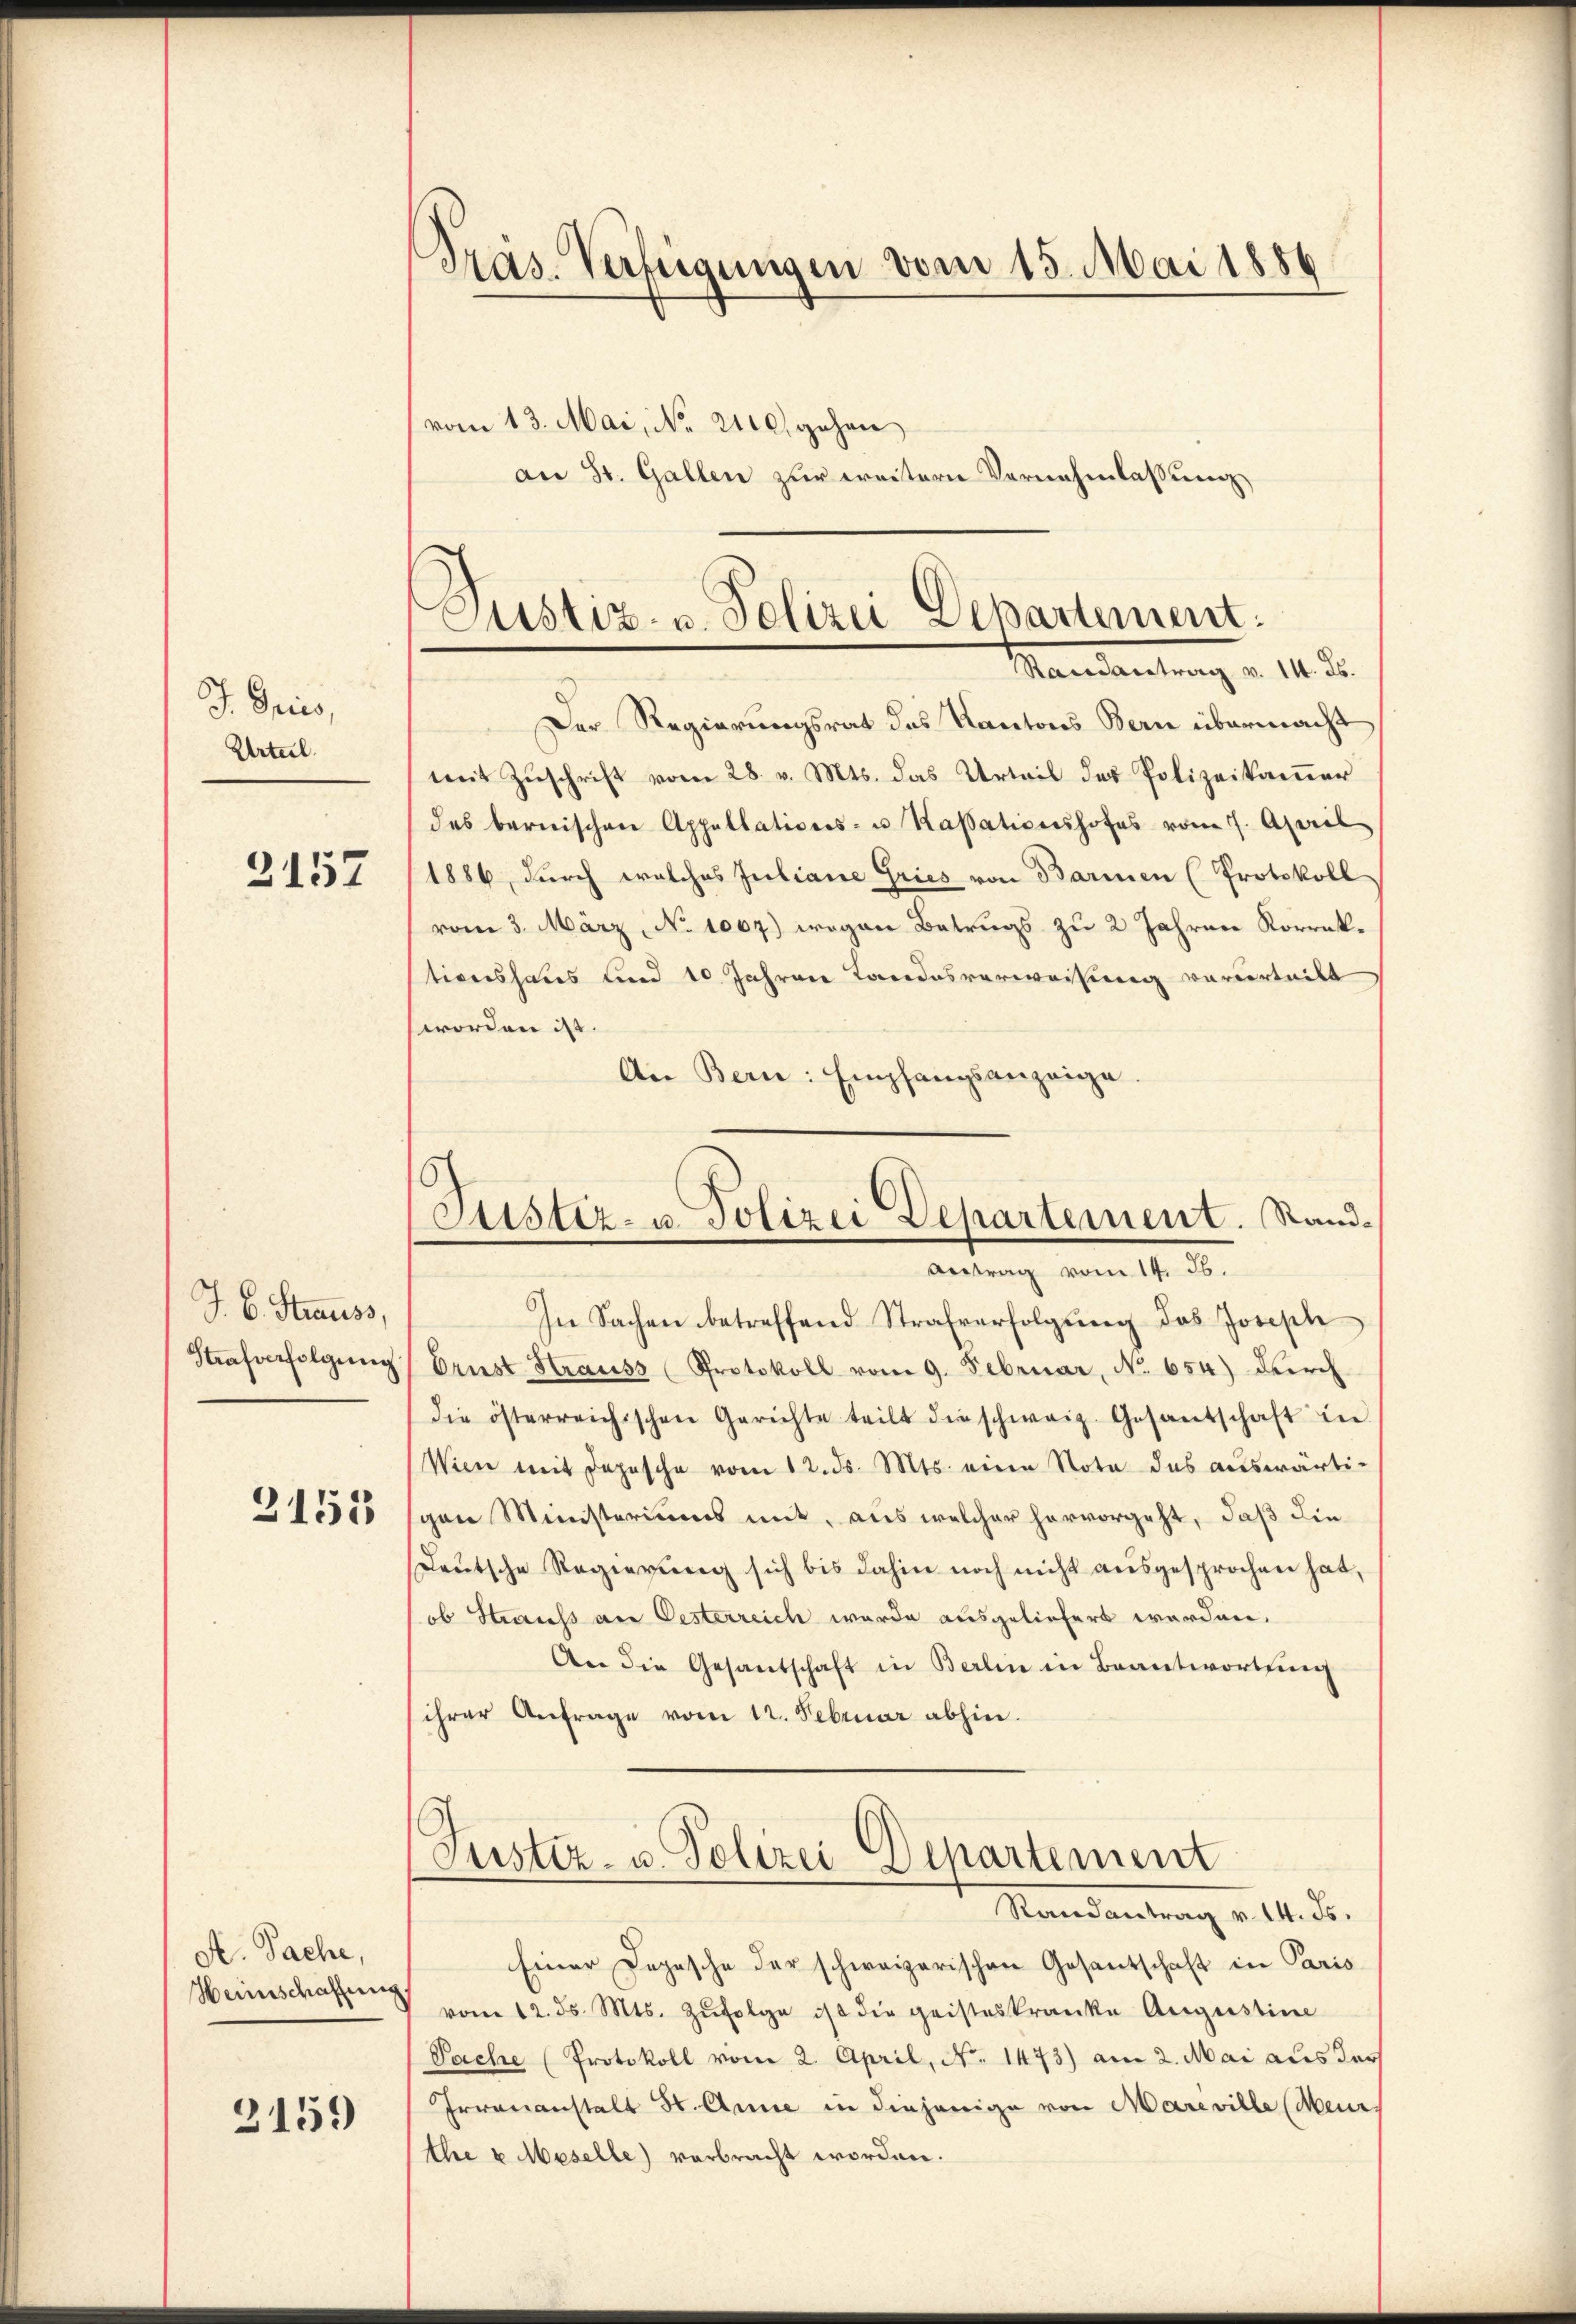
J. Gries,
Urteil.

3157

J. C. Strauss,
2153

A. Sache,
Heinschaffung

2159

Präs. Verfügungen vom 15. Mai 1881
¬
vom 13. Mai, No 2110. gehen

an St. Gallen zur weitern Vernehmlassung

Justiz- u. Polizei Departement.
Mandartung v. 14. d.

Pustiz- u. Polizei Departement. Sand¬
Antrag vom 14. 36.

Der Regierungsrat des Kantons Bern übermacht
mit Zuschrift vom 28. v. Mts. das Urteil des Polizeikammer
des bernischen Appellations- u. Kassationshofes vom 7. April
1886, durch welches Juliane Gries von Barmen (Protokoll
vom 3. März, No 1067) wegen Betrugs zu 2 Jahren Korrektionshaus und 10 Jahren Landesverweisung vorderteilt
worden ist.
An Bern: Empfangsanzeige
In Sachen betreffend Strafverfolgung des Joseph
Strafverfolgŭng (Erust Strauss (Protokoll vom 9. Februar, No. 654) dŭrch
die österreichischen Gerichte teilt die schweiz. Gesantschaft in
Wien mit Depesche vom 12. ds. Mts. eine Nota das aŭswärti-
gen Ministeriums mit, aus welcher hervorgeht, daß die
deŭtsche Regierŭng sich bis dahin noch nicht ausgesprochen hat,
ob Strauss an Oesterreich wurde ausgeliefert werden.
An die Gesandschaft in Berlin in Beantwortung
ihrer Anfrage vom 12. Februar abhin.

Justiz- u. Polizei Departement
Mandantung v. M. D.

Einer Depesche der schweizerischen Gesantschaft in Paris
vom 12. ds. Mts. Zŭfolge ist die geisteskranke Augustine
Sache (Protokoll vom 2. April, N. 1473) am 2. Mai aus der
Irrenanstalt St. Anne in diejenige von Mareville (Meurs
the u Meselle) verbracht worden.